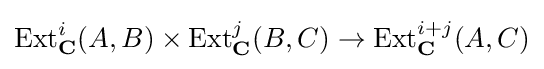
\operatorname {Ext} _{\mathbf {C} }^{i}(A,B)\times \operatorname {Ext} _{\mathbf {C} }^{j}(B,C)\to \operatorname {Ext} _{\mathbf {C} }^{i+j}(A,C)